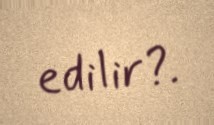
edilir?.